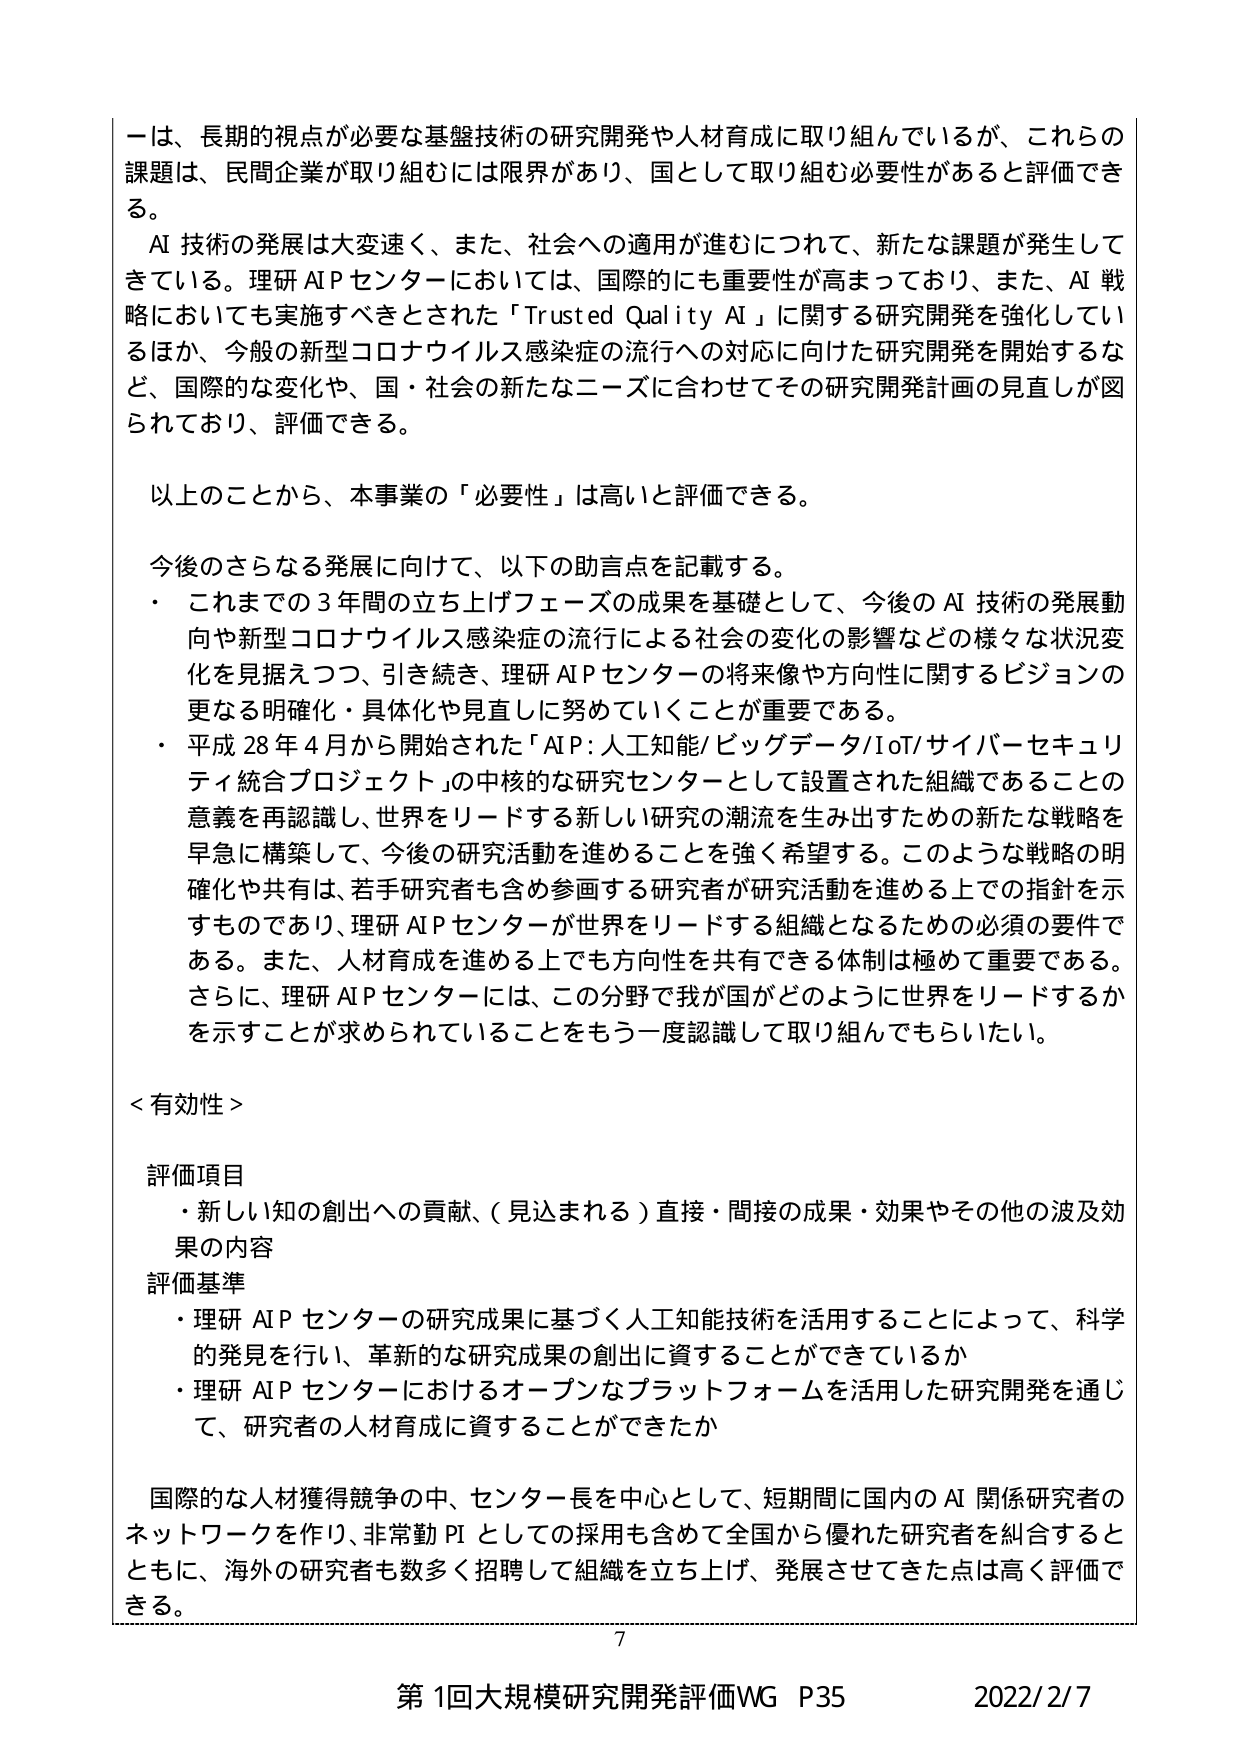
一は、長期的視点が必要な基盤技術の研究開発や人材育成に取り組んでいるが、これらの課題は、民間企業が取り組むには限界があり、国として取り組む必要性があると評価できる。

AI 技術の発展は大変速く、また、社会への適用が進むにつれて、新たな課題が発生してきている。理研 AI P センターにおいては、国際的にも重要性が高まっており、また、AI 戦略においても実施すべきとされた「Trusted Quality AI」に関する研究開発を強化しているほか、今般の新型コロナウイルス感染症の流行への対応に向けた研究開発を開始するなど、国際的な変化や、国・社会の新たなニーズに合わせてその研究開発計画の見直しが図られており、評価できる。

以上のことから、本事業の「必要性」は高いと評価できる。

今後のさらなる発展に向けて、以下の助言点を記載する。
・ これまでの３年間の立ち上げフェーズの成果を基礎として、今後の AI 技術の発展動向や新型コロナウイルス感染症の流行による社会の変化の影響などの様々な状況変化を見据えつつ、引き続き、理研 AI P センターの将来像や方向性に関するビジョンの更なる明確化・具体化や見直しに努めていくことが重要である。
・ 平成 28 年 4 月から開始された「AIP: 人工知能/ビッグデータ/IoT/サイバーセキュリティ統合プロジェクト」の中核的な研究センターとして設置された組織であることの意義を再認識し、世界をリードする新しい研究の潮流を生み出すための新たな戦略を早急に構築して、今後の研究活動を進めることを強く希望する。このような戦略の明確化や共有は、若手研究者も含め参画する研究者が研究活動を進める上での指針を示すものであり、理研 AI P センターが世界をリードする組織となるための必須の要件である。また、人材育成を進める上でも方向性を共有できる体制は極めて重要である。さらに、理研 AI P センターには、この分野で我が国がどのように世界をリードするかを示すことが求められていることをもう一度認識して取り組んでもらいたい。

＜有効性＞

評価項目
・ 新しい知の創出への貢献、（見込まれる）直接・間接の成果・効果やその他の波及効果の内容

評価基準
・ 理研 AI P センターの研究成果に基づく人工知能技術を活用することによって、科学的発見を行い、革新的な研究成果の創出に資することができているか
・ 理研 AI P センターにおけるオープンなプラットフォームを活用した研究開発を通じて、研究者の人材育成に資することができたか

国際的な人材獲得競争の中、センター長を中心として、短期間に国内の AI 関係研究者のネットワークを作り、非常勤 PI としての採用も含めて全国から優れた研究者を糾合するとともに、海外の研究者も数多く招聘して組織を立ち上げ、発展させてきた点は高く評価できる。

7

第1回大規模研究開発評価WG P35 2022/2/7